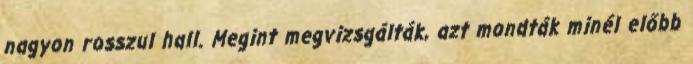
nagyon rosszul hall. Megint megvizsgálták, azt mondták minél előbb